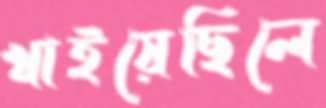
খাইয়েছিলে